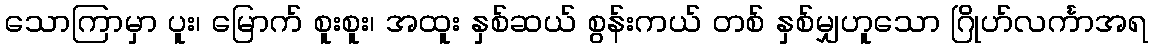
သောကြာမှာ ပူး၊ မြောက် စူးစူး၊ အထူး နှစ်ဆယ် စွန်းကယ် တစ် နှစ်မျှဟူသော ဂြိုဟ်လင်္ကာအရ